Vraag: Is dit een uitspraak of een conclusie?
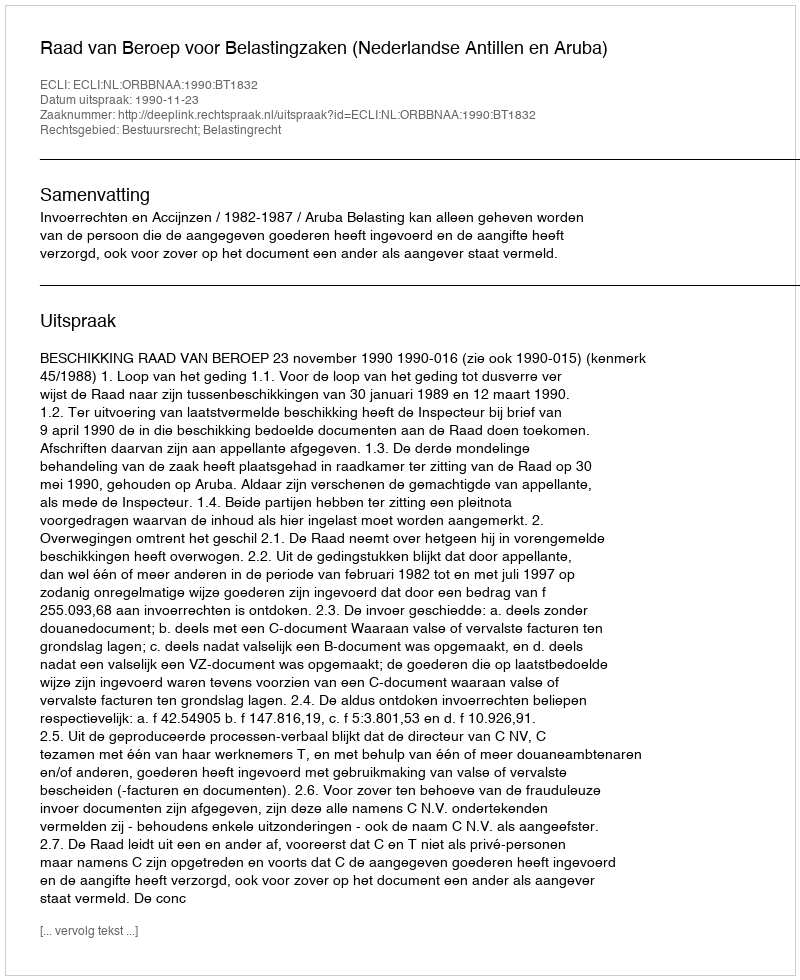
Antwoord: Uitspraak